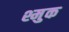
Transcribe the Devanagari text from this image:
श्मुक